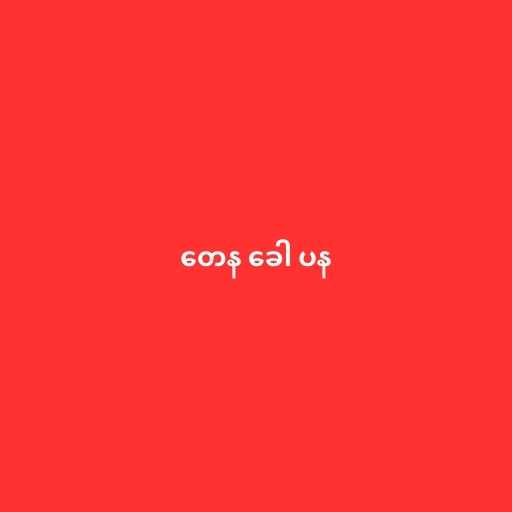
တေန ခေါ ပန